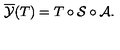
\overline { { \cal Y } } ( T ) = T \circ { \cal S } \circ { \cal A } .